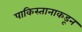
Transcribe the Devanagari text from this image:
पाकिस्तानाकडून